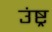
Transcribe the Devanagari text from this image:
उंष्ट्र